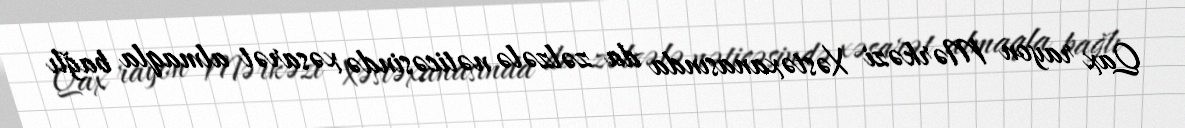
Qax rayon Mərkəzi Xəstəxanasında da zəlzələ nəticəsində xəsarət almaqla bağlı